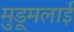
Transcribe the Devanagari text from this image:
मुडूमलाई